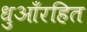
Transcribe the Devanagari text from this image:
धुआँरहित